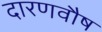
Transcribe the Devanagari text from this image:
दारणवौष